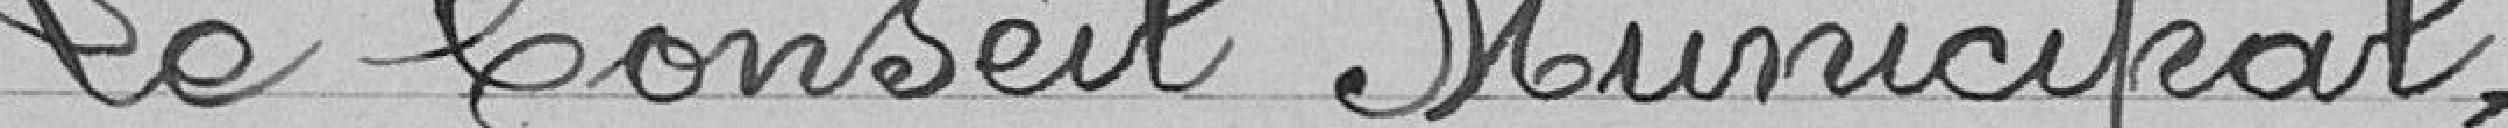
Le Conseil Municipal,